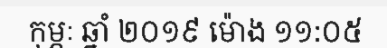
កុម្ភៈ ឆ្នាំ ២០១៩ ម៉ោង ១១:០៥